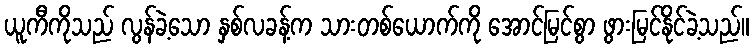
ယူကီကိုသည် လွန်ခဲ့သော နှစ်လခန့်က သားတစ်ယောက်ကို အောင်မြင်စွာ ဖွားမြင်နိုင်ခဲ့သည်။